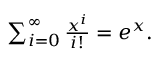
\textstyle \sum _ { i = 0 } ^ { \infty } { \frac { x ^ { i } } { i ! } } = e ^ { x } .